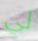
لي